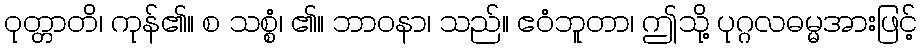
ဝုတ္တာတိ၊ ကုန်၏။ စ သစ္စံ၊ ၏။ ဘာဝနာ၊ သည်။ ဧဝံဘူတာ၊ ဤသို့ ပုဂ္ဂလဓမ္မအားဖြင့်